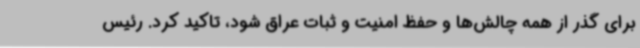
برای گذر از همه چالش‌ها و حفظ امنیت و ثبات عراق شود، تاکید کرد. رئیس